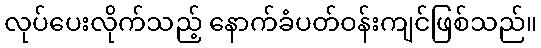
လုပ်ပေးလိုက်သည့် နောက်ခံပတ်ဝန်းကျင်ဖြစ်သည်။